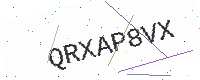
Text: QRXAP8VX